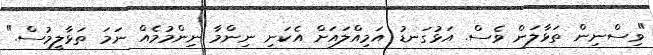
"ވިސްނިން ތަޅާލަން ވެސް. އަޅުގަނޑު އަމިއްލައަށް އެކަނި ނިންމާ ނިންމުމެއް ނަމަ ތަޅާލީމުސް."